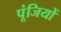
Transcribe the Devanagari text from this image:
पूंजियों